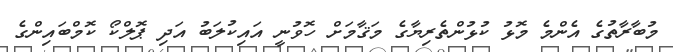
މުބާރާތުގެ އެންމެ މޮޅު ކުޅުންތެރިޔާގެ މަޤާމަށް ހޮވުނީ އައިކުލަބު އަދި ޕޮލްކޯ ކޮމްބައިންގެ